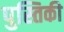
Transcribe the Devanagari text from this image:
पुस्तिकी